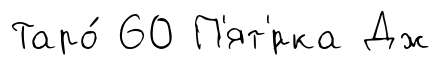
Таро́ 60 П'ят'́рка Дж